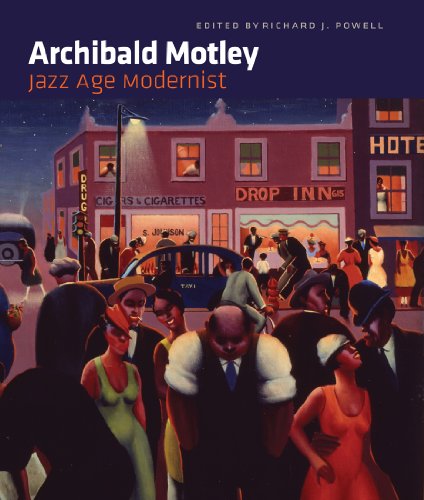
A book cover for Archibald Motley: Jazz Age Modernist; Arts & Photography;